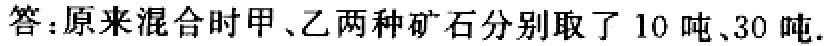
答：原来混合时甲、乙两种矿石分别取了 10 吨、30 吨.